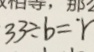
3 3 \div b = ^ { . } r